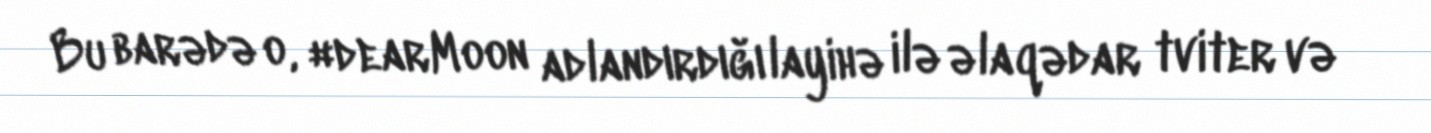
Bu barədə o, #dearMoon adlandırdığı layihə ilə əlaqədar tviter və